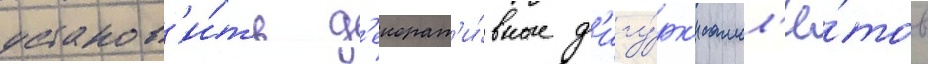
установ'и́ть д'екорат'и́вные ф'игу́рк'и самол'ё́тов